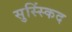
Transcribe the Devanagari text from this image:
सुस्स्किंद